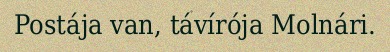
Postája van, távírója Molnári.